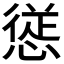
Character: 𭞁